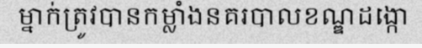
ម្នាក់ត្រូវបានកម្លាំងនគរបាលខណ្ឌដង្កោ